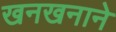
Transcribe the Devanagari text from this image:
खनखनाने